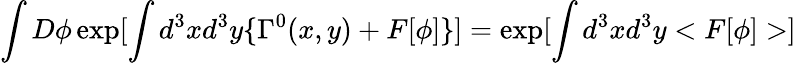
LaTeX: \int D\phi\exp[\int d^{3}xd^{3}y\{ \Gamma^{0}(x,y)+F[\phi]\} ]=\exp[\int d^{3}xd^{3}y<F[\phi]>]